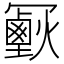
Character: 𠖣